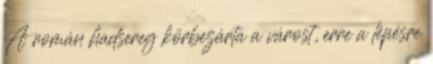
A román hadsereg körbezárta a várost, erre a lépésre